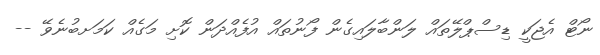
ނޯޓް އެޖަކީ ޑިސްޕްލޭތައް ލަންބާލައިގެން ފޯނުތައް އުފެއްދަން ކޮށި މަގެއް ކަމަށބުނެވޭ --